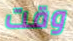
وقت